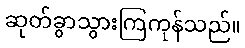
ဆုတ်ခွာသွားကြကုန်သည်။